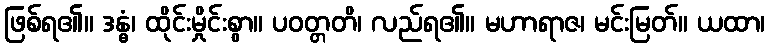
ဖြစ်ရ၏။ ဒန္ဓံ၊ ထိုင်းမှိုင်းစွာ။ ပဝတ္တတိ၊ လည်ရ၏။ မဟာရာဇ၊ မင်းမြတ်။ ယထာ၊